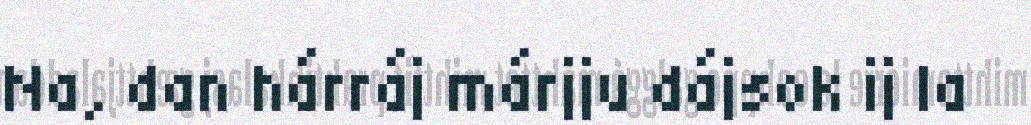
Na, dan hárráj márjju dájsok ij la